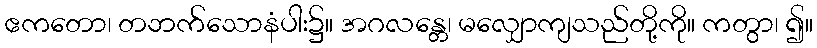
ဧကတော၊ တဘက်သောနံပါး၌။ အဂလန္တေ၊ မလျှောကျသည်တို့ကို။ ကတွာ၊ ၍။